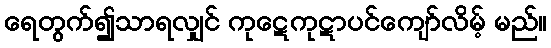
ရေတွက်၍သာရလျှင် ကုဋေကုဋာပင်ကျော်လိမ့် မည်။